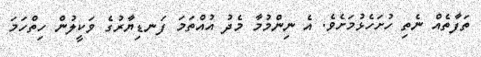
ތަފާތެއް ނެތި ހުށަހެޅުމަށެވެ. އެ ނިންމުމާ މެދު އުއްތަމަ ފަނޑިޔާރުގެ ވަކީލުން ހިތްހަމަ